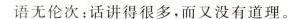
语无伦次：话讲得很多，而又没有道理。